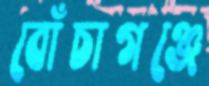
বোঁচাগঞ্জে